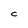
Character: C